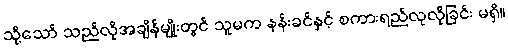
သို့သော် သည်လိုအချိန်မျိုးတွင် သူမက နန်းခင်နှင့် စကားရည်လုလိုခြင်း မရှိ။